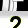
Digit: 2